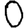
Digit: 0